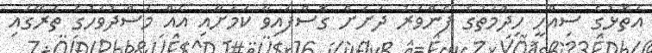
އަތޮޅުގެ ސިއްހީ ހިދުމަތުގެ ފެންވަރު ދަށަށް ގޮސްފައިވާ ކަމަށާއި އެއް މަސްދުވަހުގެ ތެރޭގައި